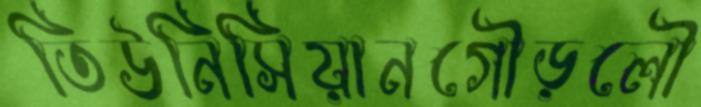
তিউনিসিয়ানগৌড়লৌ